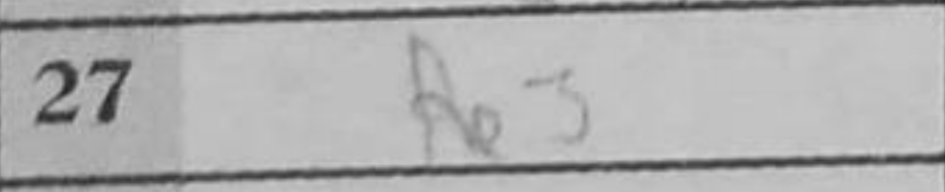
Transcription: Re3